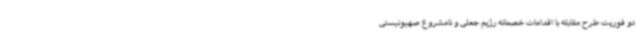
دو فوریت طرح مقابله با اقدامات خصمانه رژیم جعلی و نامشروع صهیونیستی